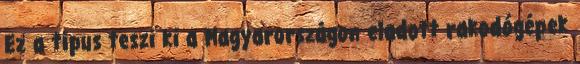
Ez a típus teszi ki a Magyarországon eladott rakodógépek